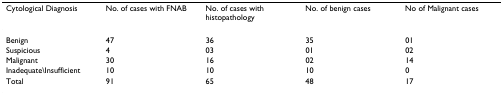
<table><thead><tr><td><b>Cytological Diagnosis</b></td><td><b>No. of cases with FNAB</b></td><td><b>No. of cases with histopathology</b></td><td><b>No. of benign cases</b></td><td><b>No of Malignant cases</b></td></tr></thead><tbody><tr><td>Benign</td><td>47</td><td>36</td><td>35</td><td>01</td></tr><tr><td>Suspicious</td><td>4</td><td>03</td><td>01</td><td>02</td></tr><tr><td>Malignant</td><td>30</td><td>16</td><td>02</td><td>14</td></tr><tr><td>Inadequate\Insufficient</td><td>10</td><td>10</td><td>10</td><td>0</td></tr><tr><td>Total</td><td>91</td><td>65</td><td>48</td><td>17</td></tr></tbody></table>